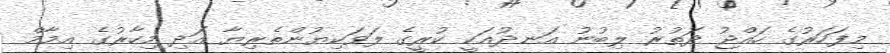
މިފަހަރުގެ ހައްޖު ދަތުރު ލިބުނު އަނދުއަކީ ކުރީގެ ލަވަކިޔުންތެރިޔާ އަދި މިހާރުގެ އިމާމް